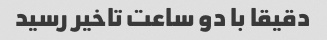
دقیقا با دو ساعت تاخیر رسید